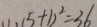
( 1 ) ( 5 + 1 ) ^ { 2 } = 3 6